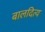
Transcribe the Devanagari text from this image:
बालदित्य